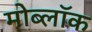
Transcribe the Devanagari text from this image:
मोब्लॉक